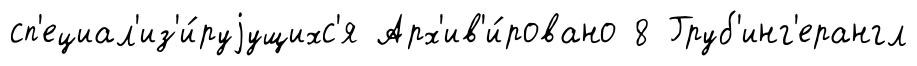
сп'ециал'из'и́руjущихс'я Арх'ив'и́ровано 8 Груб'инг'ерангл